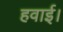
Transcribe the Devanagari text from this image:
हवाई।